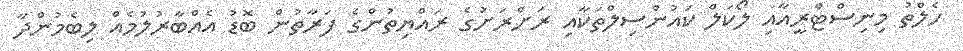
ހެލްތު މިނިސްޓްރީއާއި ލޯކަލް ކައުންސިލްތަކާއި ރަށްރަށުގެ ރައްޔިތުންގެ ފަރާތުން ބޮޑު އެއްބާރުލުމެއް ލިބެމުންދާ